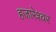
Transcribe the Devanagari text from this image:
हजारेश्वर